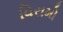
વિરામો